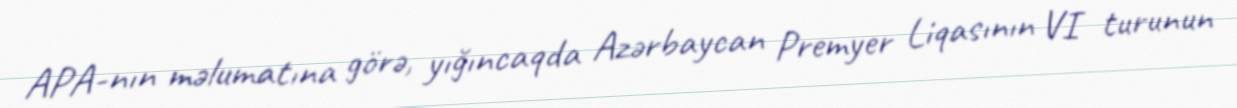
APA-nın məlumatına görə, yığıncaqda Azərbaycan Premyer Liqasının VI turunun